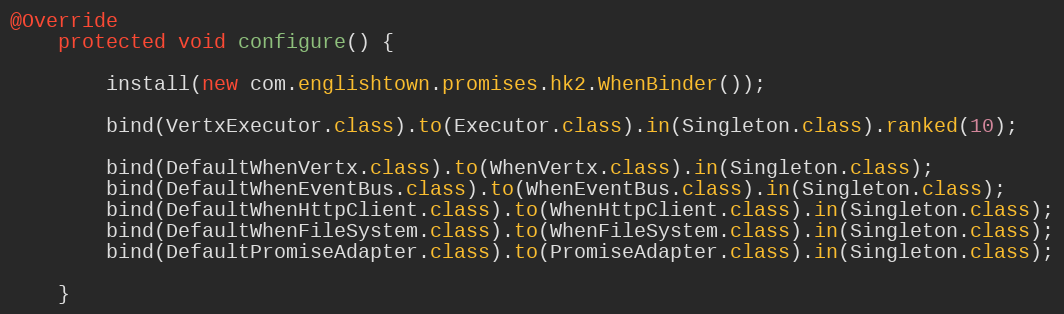
Language: Java
@Override
    protected void configure() {

        install(new com.englishtown.promises.hk2.WhenBinder());

        bind(VertxExecutor.class).to(Executor.class).in(Singleton.class).ranked(10);

        bind(DefaultWhenVertx.class).to(WhenVertx.class).in(Singleton.class);
        bind(DefaultWhenEventBus.class).to(WhenEventBus.class).in(Singleton.class);
        bind(DefaultWhenHttpClient.class).to(WhenHttpClient.class).in(Singleton.class);
        bind(DefaultWhenFileSystem.class).to(WhenFileSystem.class).in(Singleton.class);
        bind(DefaultPromiseAdapter.class).to(PromiseAdapter.class).in(Singleton.class);

    }